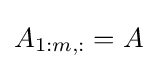
A_{1:m,:}=A